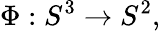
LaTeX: \Phi:S^{3}\rightarrow S^{2},